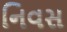
નિવસ